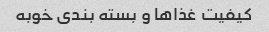
کیفیت غذاها و بسته بندی خوبه